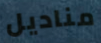
مناديل